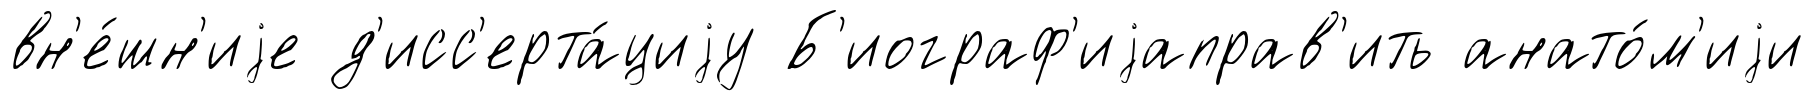
вн'е́шн'иjе д'исс'ерта́циjу Б'иограф'иjаправ'ить анато́м'иjи